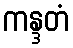
ကန္ဒတံ